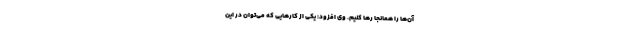
آن‌ها را همانجا رها کنیم. وی افزود: یکی از کارهایی که می‌توان در این